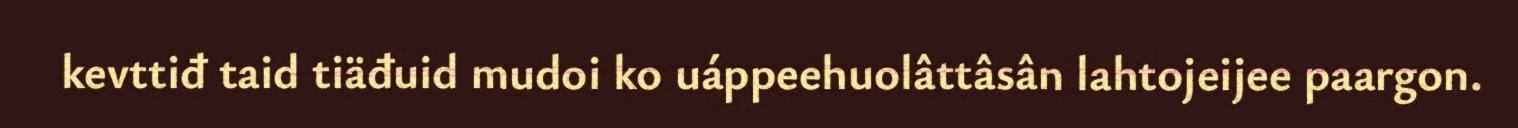
kevttiđ taid tiäđuid mudoi ko uáppeehuolâttâsân lahtojeijee paargon.